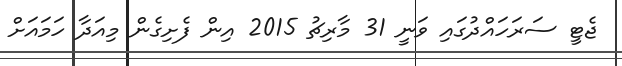
ޖެޓީ ސަރަހައްދުގައި ވަނީ 31 މާރިޗު 2015 އިން ފެށިގެން މިއަދާ ހަމައަށް